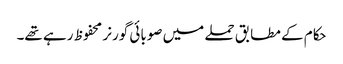
حکام کے مطابق حملے میں صوبائی گورنر محفوظ رہے تھے۔